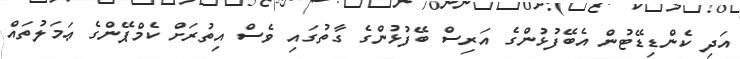
އަދި ކެންޑިޑޭޓުން އެބޭފުޅުންގެ އަރިސް ބޭފުޅުންގެ ގާތުގައި ވެސް އިތުރަށް ކެމްޕޭންގެ ޢަމަލުތައް